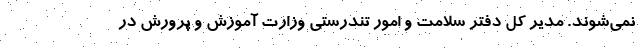
نمی‌شوند. مدیر کل دفتر سلامت و امور تندرستی وزارت آموزش و پرورش در